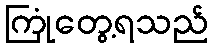
ကြုံတွေ့ရသည်